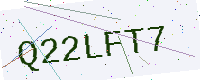
Text: Q22LFT7